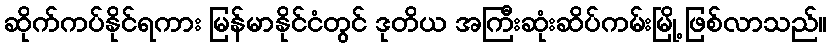
ဆိုက်ကပ်နိုင်ရကား မြန်မာနိုင်ငံတွင် ဒုတိယ အကြီးဆုံးဆိပ်ကမ်းမြို့ ဖြစ်လာသည်။